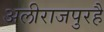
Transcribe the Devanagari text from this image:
अलीराजपुरहै